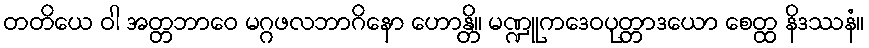
တတိယေ ဝါ အတ္တဘာဝေ မဂ္ဂဖလဘာဂိနော ဟောန္တိ။ မဏ္ဍူကဒေဝပုတ္တာဒယော စေတ္ထ နိဒဿနံ။